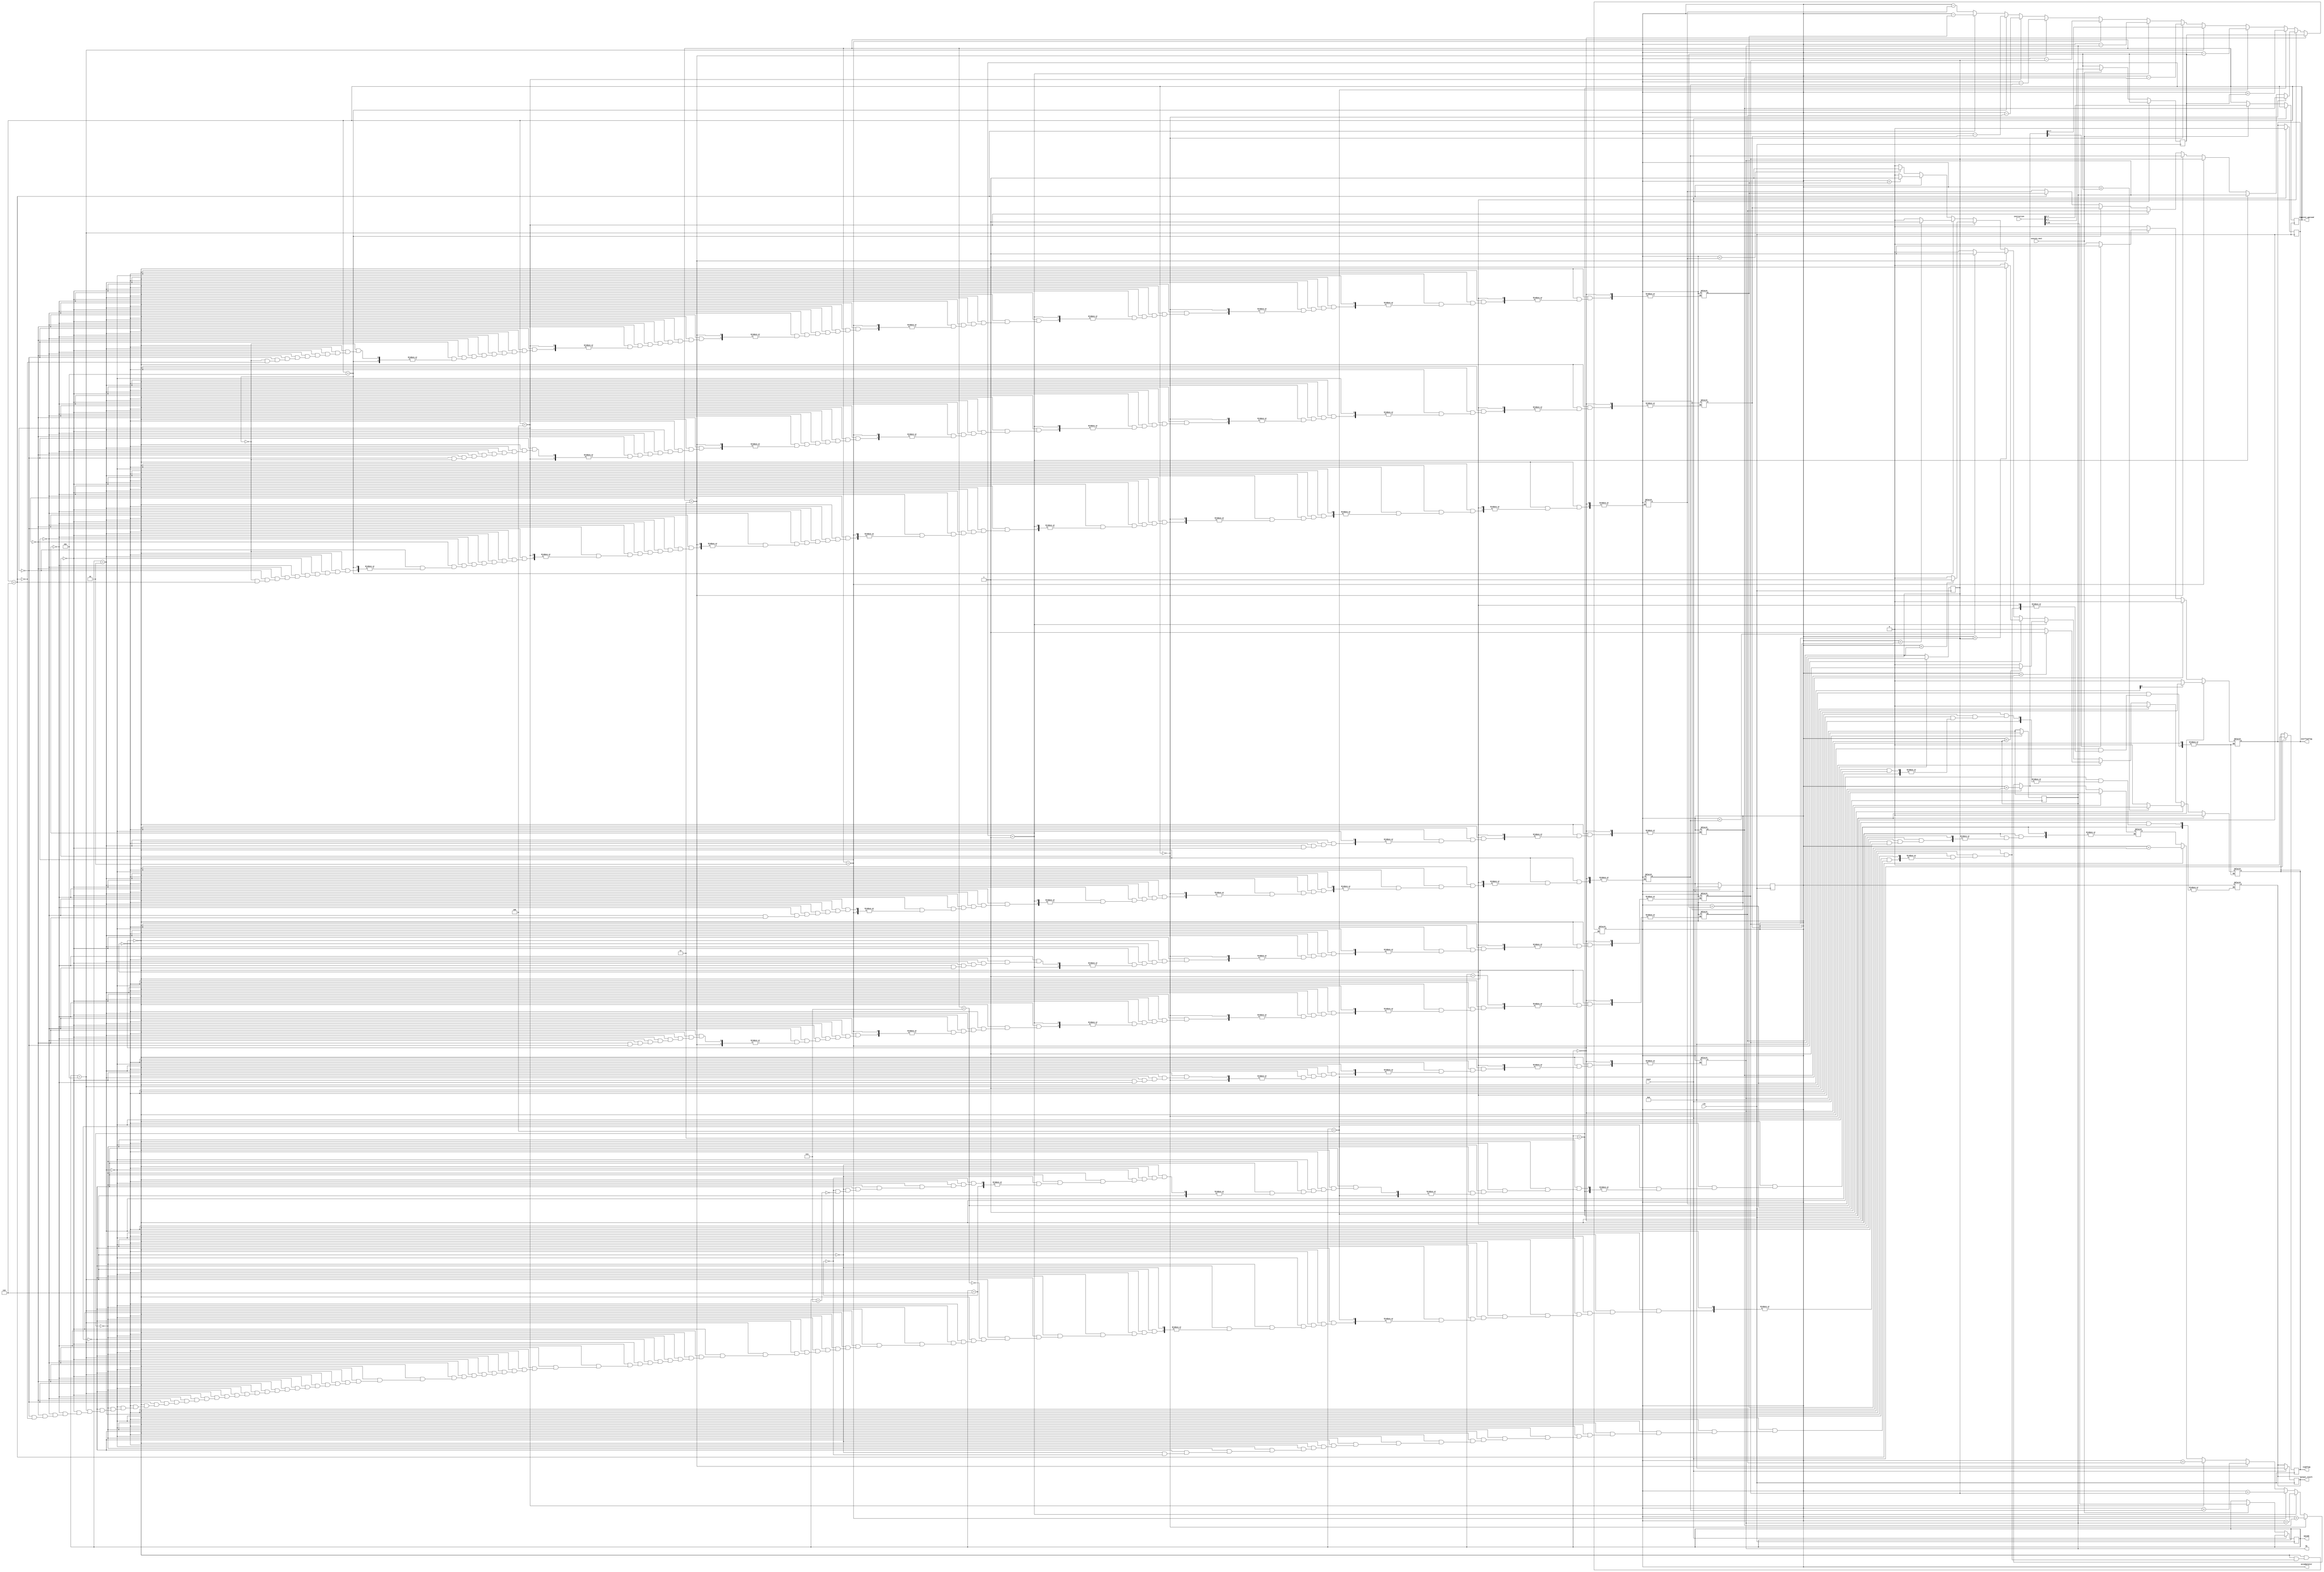
module processor(
    input [10:0] instruction,
    input clk,
    input execute_next,
    output reg [7:0] output_result,
    output reg signflag,
    output reg overflowflag,
	 input reset,
	 output reg [7:0] accummulator, 
	 output reg [7:0] R1,
	 output reg   [2:0] regsiter_operand,
	 output reg   [2:0] opcode
	 );


	 // reg [7:0] accummulator; //accummulator  
	 reg [7:0] R0, R2, R3, R4, R5, R6, R7; //regaiter bank
	 // reg [2:0] opcode;  // stotre 3 bits opcode 
	 reg [7:0] immediate_operand; // stotre 7 bits immediate operand 
    // reg [2:0] regsiter_operand;	 // stores 3 bits regsiter operand 
	 
	 reg [8:0] temp_accummulator; // to check for sign
	 
	 
	 always @(posedge clk)
	 if (reset)
		 begin
		 R1=0;
		 R2=0;
		 accummulator=0;
		 signflag=0;
       overflowflag=0;
		 output_result=0;	 
		 end
	 
	 else begin
	 
		 if (execute_next==1) // loading of instruction 
			 begin
			 opcode = instruction[10:8];
			 immediate_operand = instruction[7:0];
			 regsiter_operand =  instruction[7:5];
			 end
	 end
		
		
	always @(opcode or immediate_operand or regsiter_operand)
	begin
		
		if (opcode==3'b000) accummulator = immediate_operand; 
			 		
		else if (opcode==3'b001) begin
		   if (regsiter_operand==3'b000) accummulator = R0;
			else if (regsiter_operand==3'b001)  accummulator = R1; 
         else if (regsiter_operand==3'b010)  accummulator = R2; 
			else if (regsiter_operand==3'b011)  accummulator = R3; 
         else if (regsiter_operand==3'b100)  accummulator = R4;
			else if (regsiter_operand==3'b101)  accummulator = R5; 
         else if (regsiter_operand==3'b110)  accummulator = R6;
			else 	accummulator = R7;	
        end
       			 
		else if (opcode==3'b010) begin
		   if (regsiter_operand==3'b000) R0 = accummulator;
			else if (regsiter_operand==3'b001)  R1 = accummulator; 
         else if (regsiter_operand==3'b010)  R2 = accummulator; 
			else if (regsiter_operand==3'b011)  R3 = accummulator; 
         else if (regsiter_operand==3'b100)  R4 = accummulator;
			else if (regsiter_operand==3'b101)  R5 = accummulator; 
         else if (regsiter_operand==3'b110)  R6 = accummulator;
			else 	R7 = accummulator;	
        end
		
			 
		else if (opcode==3'b011)  begin
		      
				signflag=0;
				
				temp_accummulator = accummulator + immediate_operand;
				
				if (temp_accummulator[8] == 1) overflowflag =1; else overflowflag=0;
				
        		accummulator = accummulator + immediate_operand;
				
		      end

			
		else if (opcode==3'b100) begin
		
		     overflowflag=0;
		    
			  if (accummulator < immediate_operand) signflag =1; else signflag = 0;
			      accummulator = accummulator - immediate_operand;
			  
		     end
			  
			  
		else if (opcode==3'b101) begin
		
		     signflag=0;
				
				if (regsiter_operand==3'b000) temp_accummulator = accummulator + R0;
				else if (regsiter_operand==3'b001) temp_accummulator = accummulator + R1;
				else if (regsiter_operand==3'b010) temp_accummulator = accummulator + R2;
				else if (regsiter_operand==3'b011) temp_accummulator = accummulator + R3;
				else if (regsiter_operand==3'b100) temp_accummulator = accummulator + R4;
				else if (regsiter_operand==101) temp_accummulator = accummulator + R5;
				else if (regsiter_operand==3'b110) temp_accummulator = accummulator + R6;
				if (regsiter_operand==3'b111) temp_accummulator = accummulator + R7;
				
						
				if (temp_accummulator[8] == 1) overflowflag =1; else overflowflag=0;
				
        		accummulator = temp_accummulator[7:0];
		
		     end
			  
			  
		else if (opcode==3'b110) begin
		
		      overflowflag=0;
				
				if (regsiter_operand==3'b000) begin if (accummulator < R0) signflag =1; else signflag = 0; accummulator = accummulator - R0; end
				else if (regsiter_operand==3'b001) begin if (accummulator < R1) signflag =1; else signflag = 0;accummulator = accummulator - R1; end
				else if (regsiter_operand==3'b010) begin if (accummulator < R2) signflag =1; else signflag = 0; accummulator = accummulator - R2; end
				else if (regsiter_operand==3'b011) begin if (accummulator < R3) signflag =1; else signflag = 0;accummulator = accummulator - R3; end
				else if (regsiter_operand==3'b100) begin if (accummulator < R4) signflag =1; else signflag = 0;accummulator = accummulator - R4; end
				else if (regsiter_operand==3'b101) begin if (accummulator < R5) signflag =1; else signflag = 0;accummulator = accummulator - R5; end
				else if (regsiter_operand==3'b110) begin if (accummulator < R6) signflag =1; else signflag = 0;accummulator = accummulator - R6; end
				else begin if (accummulator < R7) signflag =1; else signflag = 0;accummulator = accummulator - R7; end
				
						
           end
			  
			  
		  else if (opcode==3'b111)  output_result = accummulator;
		
		
				
	end
	
endmodule